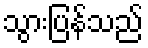
သွားပြန်သည်